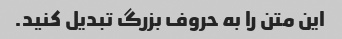
این متن را به حروف بزرگ تبدیل کنید.